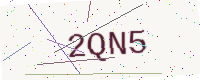
Text: 2QN5